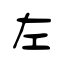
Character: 左